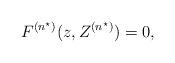
LaTeX: \begin{align*}F^{(n^\star)}(z,Z^{(n^\star)})=0,\end{align*}